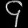
Digit: ၄